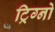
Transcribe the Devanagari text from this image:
ट्रिग्नो